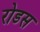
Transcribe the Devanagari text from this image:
रोडस